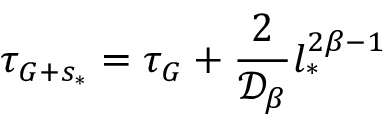
\tau _ { G + s _ { * } } = \tau _ { G } + \frac { 2 } { \mathcal { D _ { \beta } } } l _ { * } ^ { 2 \beta - 1 }